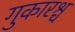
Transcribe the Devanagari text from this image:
गुकारश्च